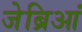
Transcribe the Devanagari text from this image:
जेब्रिआं